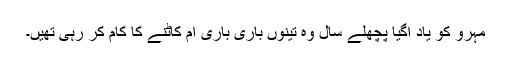
مہرو کو یاد آگیا پچھلے سال وہ تینوں باری باری آم کاٹنے کا کام کر رہی تھیں۔